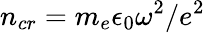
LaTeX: n_{cr}=m_{e}\epsilon_{0}\omega^{2}/e^{2}